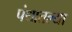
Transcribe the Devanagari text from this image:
पंथातल्या